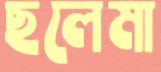
ছলেমা